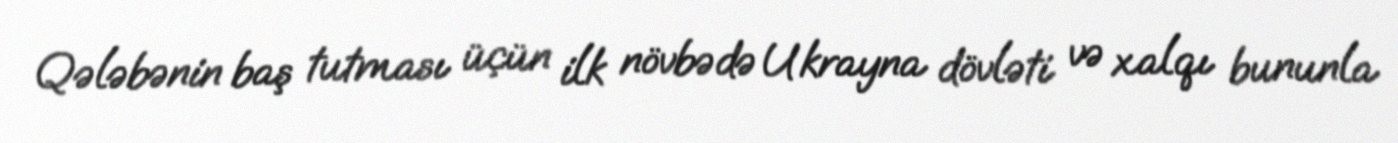
Qələbənin baş tutması üçün ilk növbədə Ukrayna dövləti və xalqı bununla